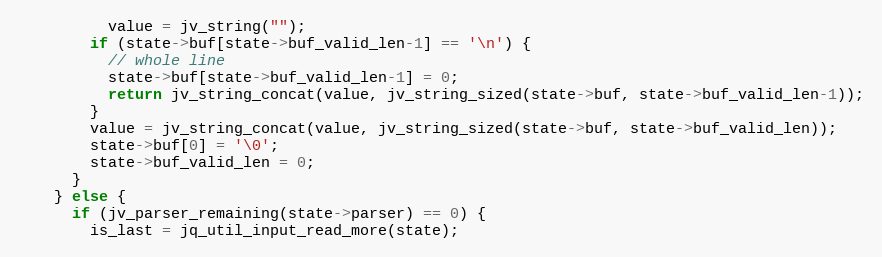
Language: C
          value = jv_string("");
        if (state->buf[state->buf_valid_len-1] == '\n') {
          // whole line
          state->buf[state->buf_valid_len-1] = 0;
          return jv_string_concat(value, jv_string_sized(state->buf, state->buf_valid_len-1));
        }
        value = jv_string_concat(value, jv_string_sized(state->buf, state->buf_valid_len));
        state->buf[0] = '\0';
        state->buf_valid_len = 0;
      }
    } else {
      if (jv_parser_remaining(state->parser) == 0) {
        is_last = jq_util_input_read_more(state);